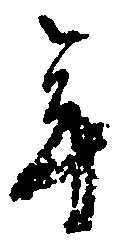
年